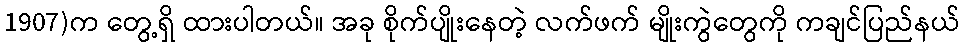
1907)က တွေ့ရှိ ထားပါတယ်။ အခု စိုက်ပျိုးနေတဲ့ လက်ဖက် မျိုးကွဲတွေကို ကချင်ပြည်နယ်